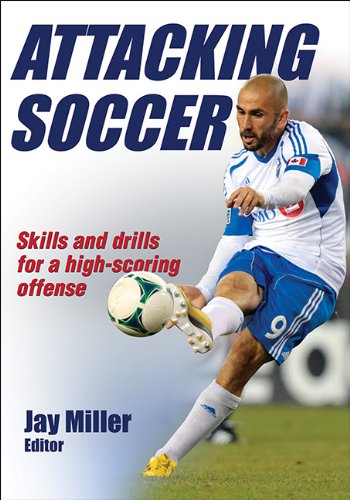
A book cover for Attacking Soccer; Sports & Outdoors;